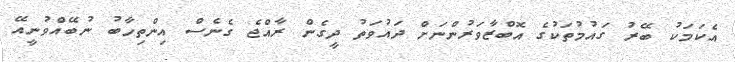
އެކަމަކު ބޭރު ގައުމުތަކުގެ އޮބްޒާވަރުންނަށް ދައުވަތު ދީގެން ރާއްޖެ ގެނެސް އިންތިހާބު ނުބޭއްވުނީއޭ